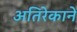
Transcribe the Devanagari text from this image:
अतिरेकाने